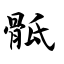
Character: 骶